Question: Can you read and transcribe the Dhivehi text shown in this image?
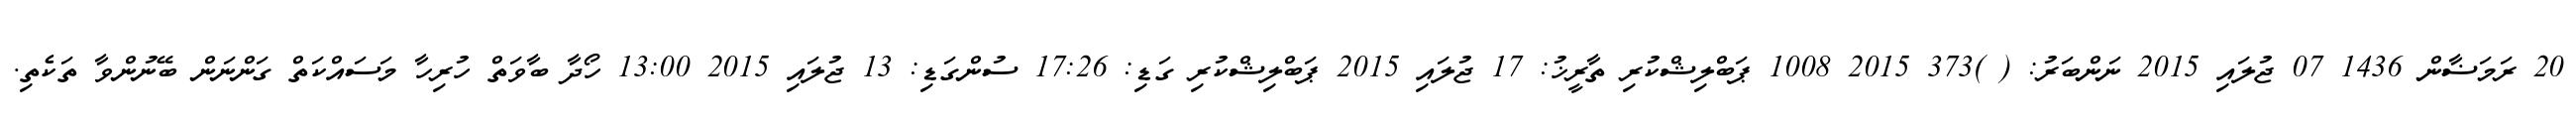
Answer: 20 ރަމަޟާން 1436 07 ޖުލައި 2015 ނަންބަރު: ( )373 2015 1008 ޕަބްލިޝްކުރި ތާރީޚު: 17 ޖުލައި 2015 ޕަބްލިޝްކުރި ގަޑި: 17:26 ސުންގަޑި: 13 ޖުލައި 2015 13:00 ހޯދާ ބާވަތް ހުރިހާ މަސައްކަތް ގަންނަން ބޭނުންވާ ތަކެތި.